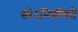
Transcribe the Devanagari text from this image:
सोऽभिधीयते